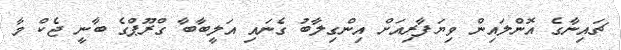
ޗައިނާގެ އޮންލައިން ވިޔަފާރިއަށް އިންގިލާބު ގެނައި އަލީބާބާ ގްރޫޕްގެ ބާނީ ޖެކް މާ